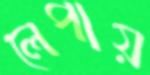
লেপায়